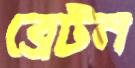
ব্রেটন